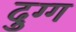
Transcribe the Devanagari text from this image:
दुग्ग